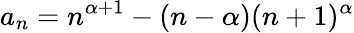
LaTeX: a_{n}=n^{\alpha+1}-(n-\alpha)(n+1)^{\alpha}